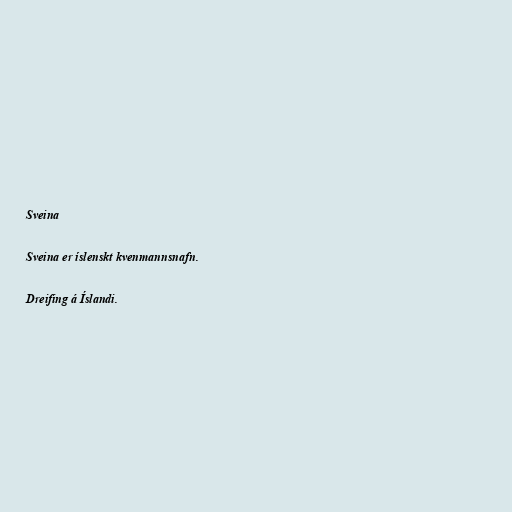
Sveina

Sveina er íslenskt kvenmannsnafn.

Dreifing á Íslandi.